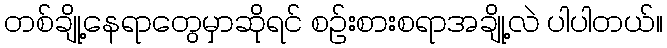
တစ်ချို့နေရာတွေမှာဆိုရင် စဉ်းစားစရာအချို့လဲ ပါပါတယ်။